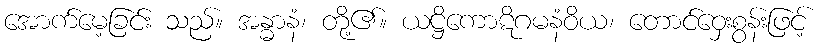
အောက်မေ့ခြင်း သည်။ အန္ဓာနံ၊ တို့၏။ ယဋ္ဌိကောဋိဂမနံဝိယ၊ တောင်ဝှေးစွန်းဖြင့်